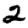
Digit: 2